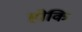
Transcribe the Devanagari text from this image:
होकि